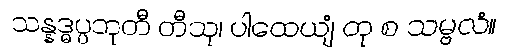
သန္နဒ္ဓပ္ပဘုတီ တီသု၊ ပါထေယျံ တု စ သမ္ဗလံ။